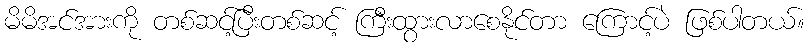
မိမိအင်အားကို တစ်ဆင့်ပြီးတစ်ဆင့် ကြီးထွားလာစေနိုင်တာ ကြောင့်ပဲ ဖြစ်ပါတယ်။